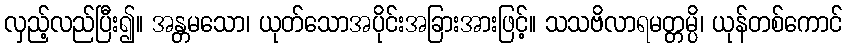
လှည့်လည်ပြီး၍။ အန္တမသော၊ ယုတ်သောအပိုင်းအခြားအားဖြင့်။ သသဗိလာရမတ္တမ္ပိ၊ ယုန်တစ်ကောင်